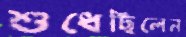
শুধেছিলেন